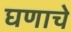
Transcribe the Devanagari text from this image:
घणाचे